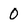
Character: 0